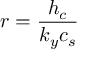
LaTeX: r = { \frac { h _ { c } } { k _ { y } c _ { s } } }